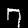
Label: 7